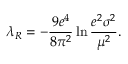
\lambda _ { R } = - \frac { 9 e ^ { 4 } } { 8 \pi ^ { 2 } } \ln \frac { e ^ { 2 } \sigma ^ { 2 } } { \mu ^ { 2 } } .